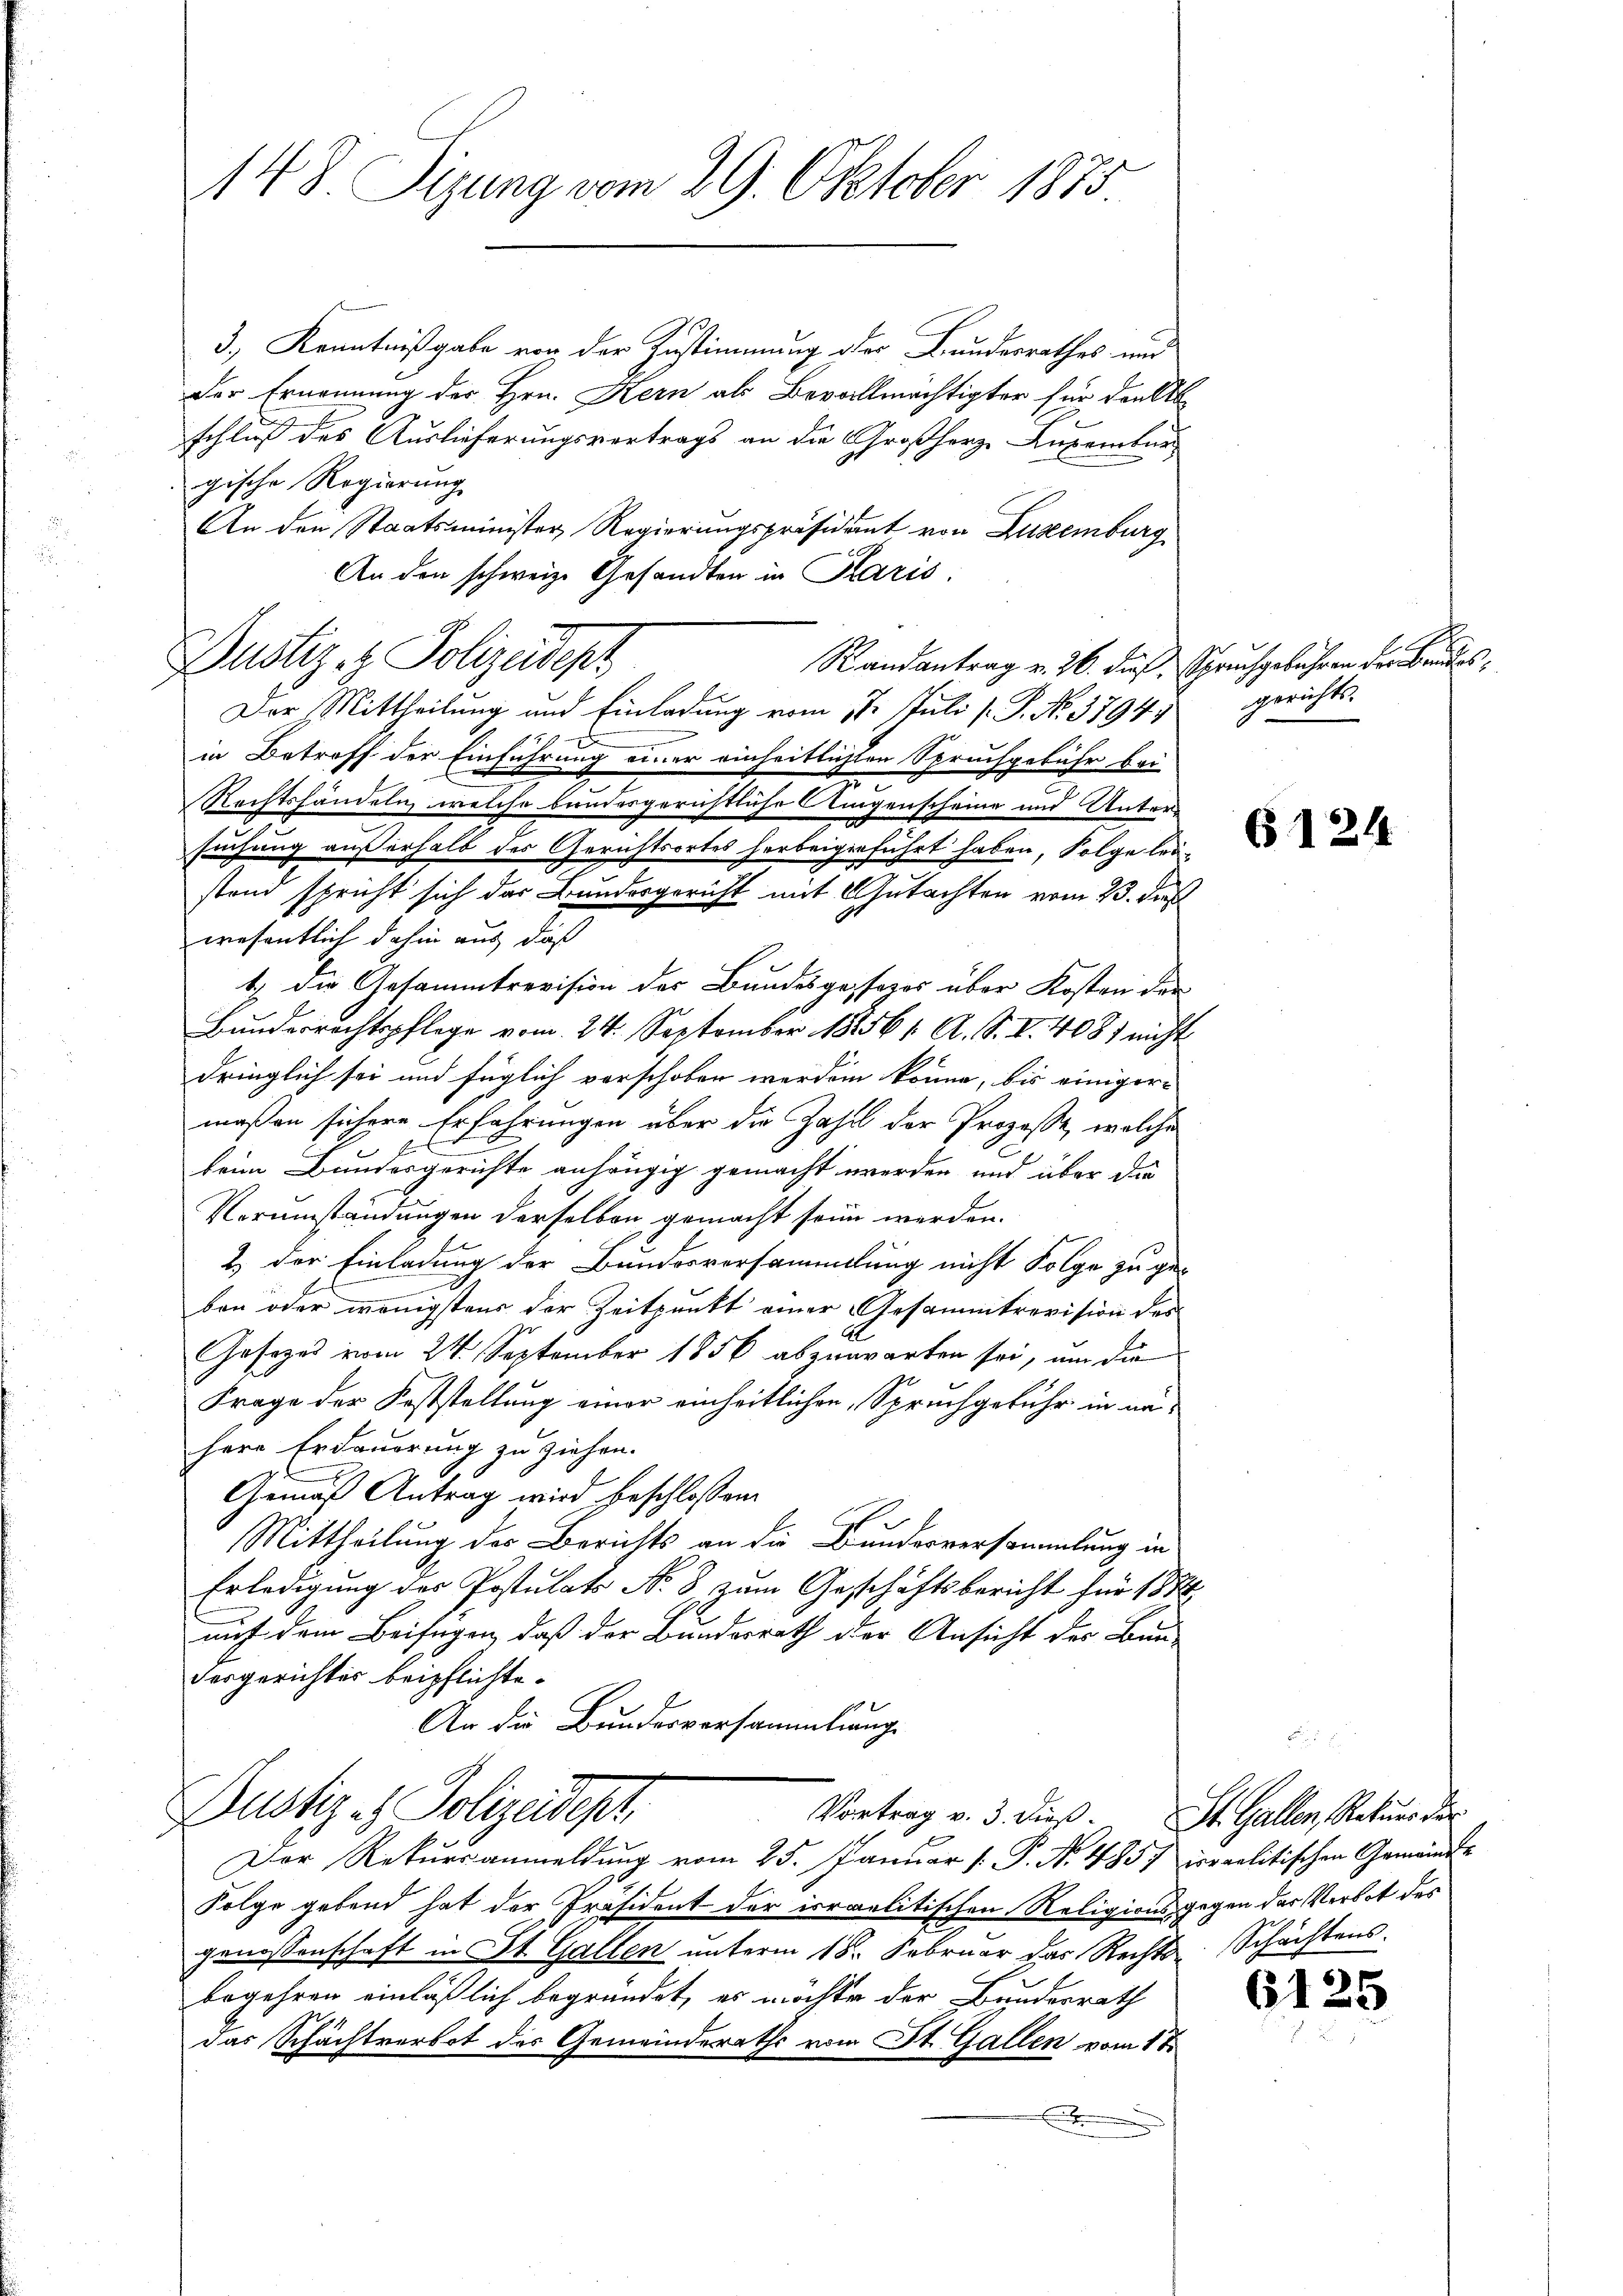
148. Sizung vom 29. Oktober 1875

3., Kenntnißgabe von der Zustimmung oder Bundesrathes und
der Ernennung des Hrn. Kern als Bevollmächtigter für den Abschluß des Auslieferungsvertrags an die Großherze Ansemburgische Regierung
An den Staatsminister Regierungspräsidant von Luxenburg
An den schweiz. Gesandten in Paris
Justiz- & Polizeidep
Randantrag v. 26. dieß Spruchgebühren der Bandes¬
Der Mittheilung und Einladung vom 17. Juli [. P. No. 37941
in Betreff der Einführung einer einheitlichten Spruchgebühr bei-
Rechtshandeln, welche bundesgerichtliche Augenscheine und Untersuchung außerhalb des Gerichtsortes herbeigeführt haben, Folge leistand spricht sich das Bundesgericht mit Gutachten vom 23. dieß
wesentlich dahin aus, daß
t. Die Gesammtrevision des Bundesgesezes über Kosten der
Bunderrechtspflege vom 24. September 188561. A. S. I. 408) nicht
dringlich sei und füglich vorschoben werden könne, bis einigermaßen sichere Erfahrungen über die Zahl der Prozesse, welches
beim Bundesgerichte anhängig gemacht werden und über die
Verumständungen derselben gemacht sein werden.
2) der Einladung der Bundesversammlung nicht Folge zu ge-
ben oder wenigstens der Zeitpunkt einer Gesammtrevision des
Gesezes vom 24. September 1856 abzuwarten sei, um die
Frage der Feststellung einer einheitlichen Spruchgeführ in nähere Erdauerung zu ziehen.
Gemäß Antrag wird beschlossen.
Mittheilung des Berichts an die Bundesversammlung in
Erledigung des Postulats No. 8, zum Geschäftsbericht für 1858
auf dem Beifügen, daß der Bundesrath der Ansicht des Bun-
desgerichtes beipflichte.
An die Bundesversammlung
Dustiz es Polizeidept.
Vortrag v. 3. dieß. St. Gallen, Rekurs der
Der Rekursanmeldung vom 25. Januar [ P. Nr. 485/ israelitischen Gemeinde
Folge gebend hat der Präsident der israelitischen Religionsgegen der Verbot des
genossenschaft in St. Gallen unterm 18. Februar das Rechts-
begehren einläßlich begründet, es möchte der Bundesrath
das Schächtverbot der Gemeinderaths vom St. Gallen vom 18.

gerichts.

6124

Schächtens.

6125